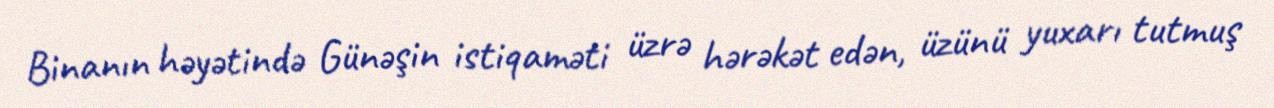
Binanın həyətində Günəşin istiqaməti üzrə hərəkət edən, üzünü yuxarı tutmuş